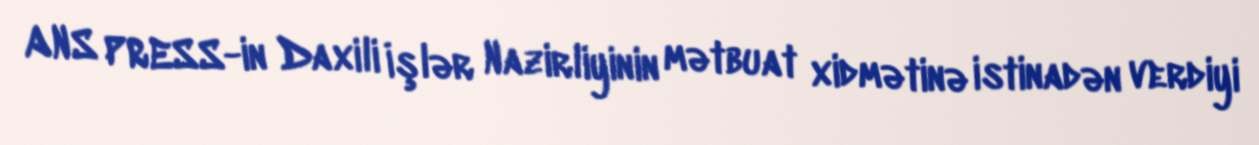
ANS PRESS-in Daxili İşlər Nazirliyinin mətbuat xidmətinə istinadən verdiyi